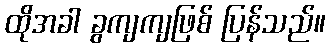
ထိုအခါ ခွကျကျဖြစ် ပြန်သည်။